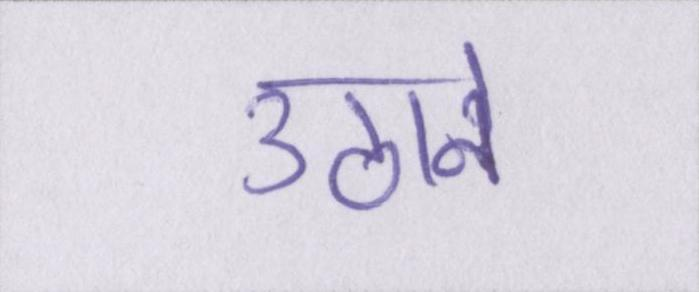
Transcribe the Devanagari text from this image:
उठाने